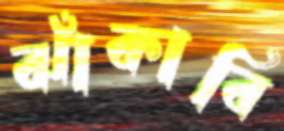
ঝাঁকাবি